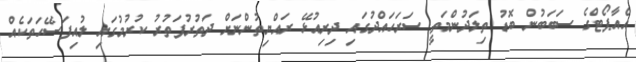
އެއާޕޯޓްގެ ސަބަބުން ބޮޑު ތިލަދުންމަތީ ސަރަހައްދުގައި ދިރިއުޅޭ ރައްޔިތުންނަށް ދަތުރުފަތުރު ކުރުމުގައި ލުއިފަސޭހަތަކެއް